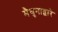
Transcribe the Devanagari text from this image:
मैथुनाद्वारे